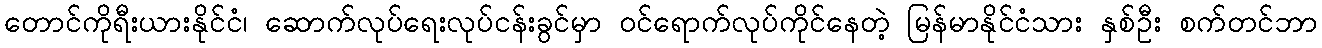
တောင်ကိုရီးယားနိုင်ငံ၊ ဆောက်လုပ်ရေးလုပ်ငန်းခွင်မှာ ဝင်ရောက်လုပ်ကိုင်နေတဲ့ မြန်မာနိုင်ငံသား နှစ်ဦး စက်တင်ဘာ